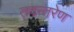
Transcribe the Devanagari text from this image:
तदन्तरेण